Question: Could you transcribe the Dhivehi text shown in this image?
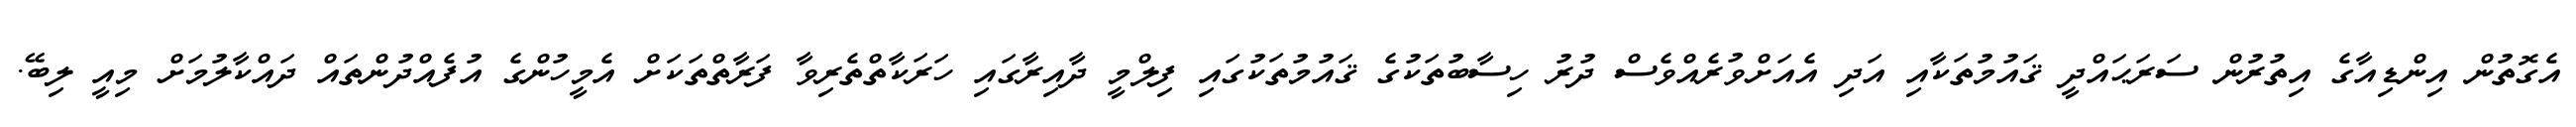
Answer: އެގޮތުން އިންޑިއާގެ އިތުރުން ސަރަޙައްދީ ޤައުމުތަކާއި އަދި އެއަށްވުރެއްވެސް ދުރު ހިސާބުތަކުގެ ޤައުމުތަކުގައި ފިލްމީ ދާއިރާގައި ހަރަކާތްތެރިވާ ފަރާތްތަކަށް އެމީހުންގެ އުފެއްދުންތައް ދައްކާލުމަށް މިއީ ލިބޭ.